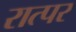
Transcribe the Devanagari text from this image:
रात्पर